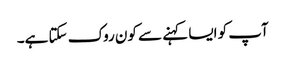
آپ کو ایسا کہنے سے کون روک سکتا ہے۔